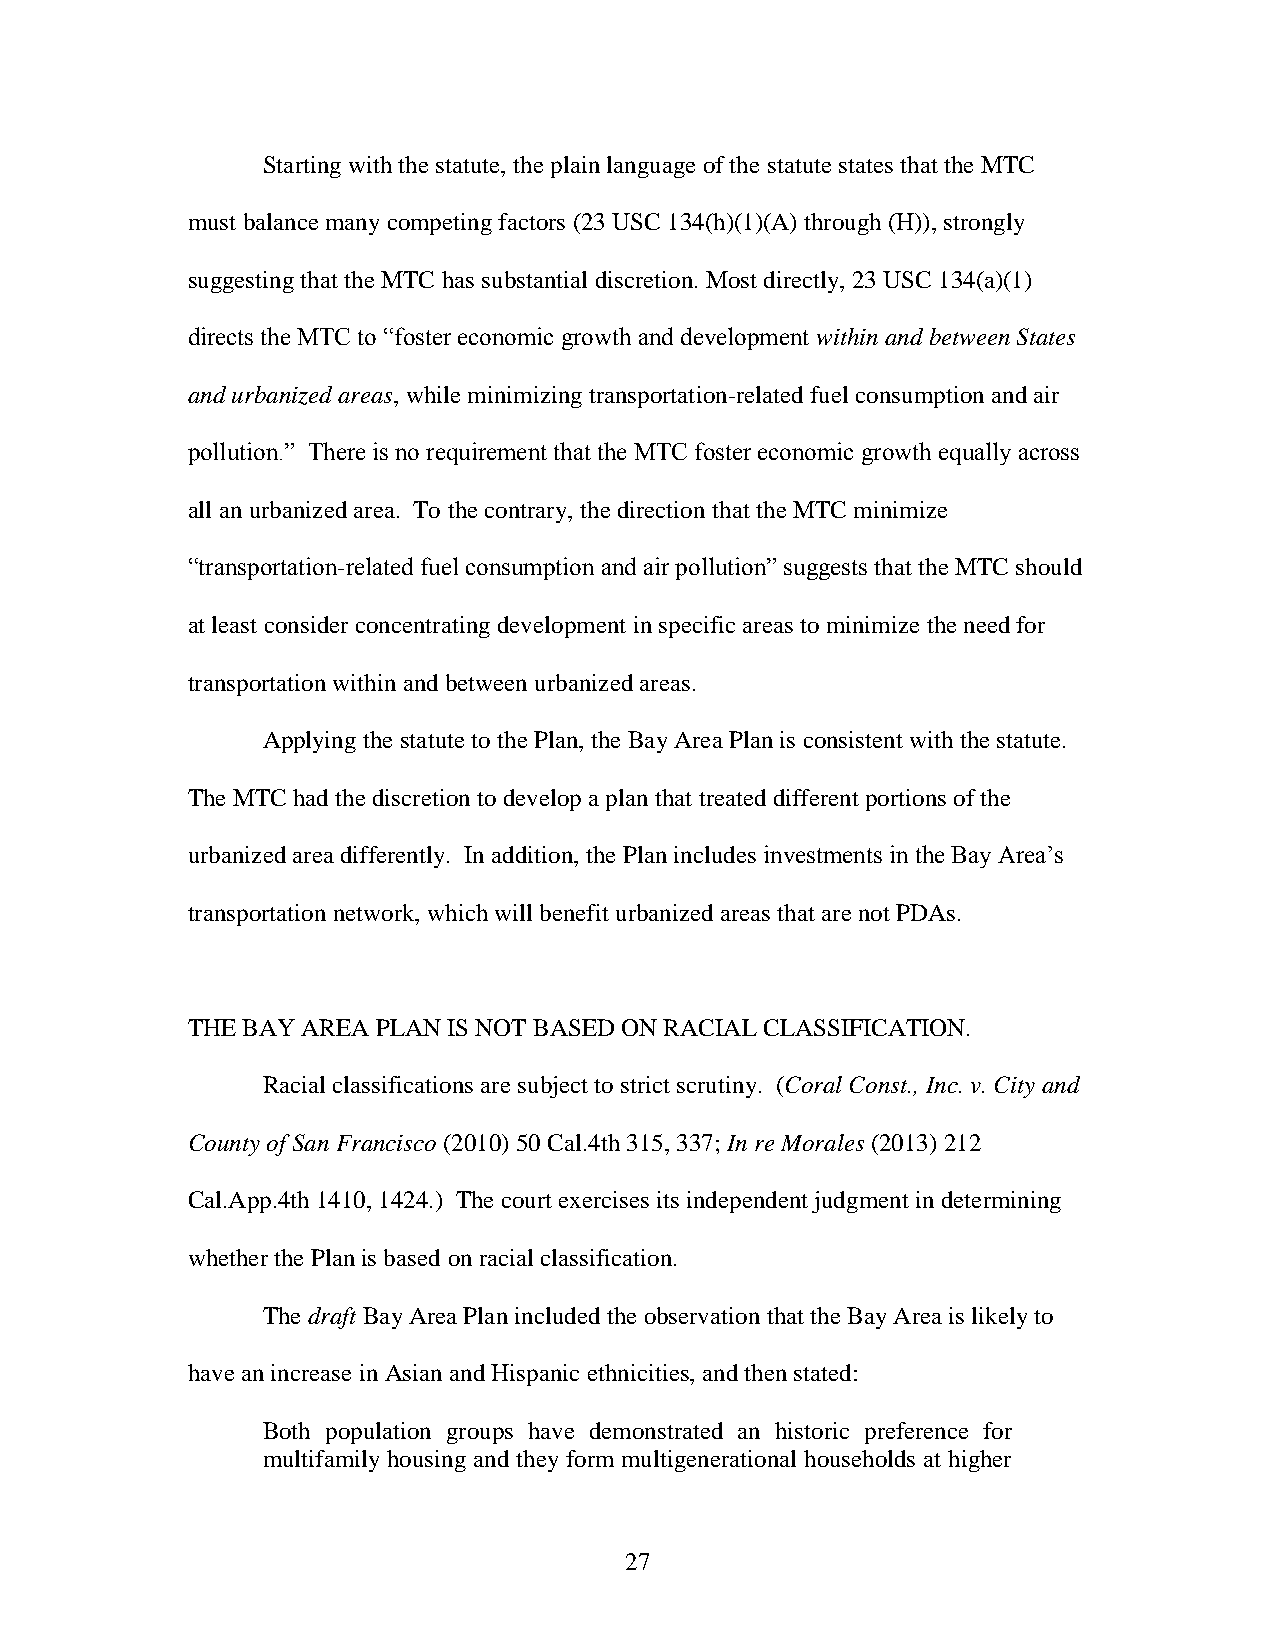
Starting with the statute, the plain language of the statute states that the MTC
 must balance many competing factors (23 USC 134(h)(1)(A) through (H)), strongly
 suggesting that the MTC has substantial discretion. Most directly, 23 USC 134(a)(1)
 directs the MTC to “foster economic growth and development within and between States
 and urbanized areas, while minimizing transportation-related fuel consumption and air
 pollution.” There is no requirement that the MTC foster economic growth equally across
 all an urbanized area. To the contrary, the direction that the MTC minimize
 “transportation-related fuel consumption and air pollution” suggests that the MTC should
 at least consider concentrating development in specific areas to minimize the need for
 transportation within and between urbanized areas.
 Applying the statute to the Plan, the Bay Area Plan is consistent with the statute.
 The MTC had the discretion to develop a plan that treated different portions of the
 urbanized area differently. In addition, the Plan includes investments in the Bay Area’s
 transportation network, which will benefit urbanized areas that are not PDAs.
 THE BAY AREA PLAN IS NOT BASED ON RACIAL CLASSIFICATION.
 Racial classifications are subject to strict scrutiny. (Coral Const., Inc. v. City and
 County of San Francisco (2010) 50 Cal.4th 315, 337; In re Morales (2013) 212
 Cal.App.4th 1410, 1424.) The court exercises its independent judgment in determining
 whether the Plan is based on racial classification.
 The draft Bay Area Plan included the observation that the Bay Area is likely to
 have an increase in Asian and Hispanic ethnicities, and then stated:
 Both population groups have demonstrated an historic preference for
 multifamily housing and they form multigenerational households at higher
 27